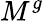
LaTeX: M^{g}